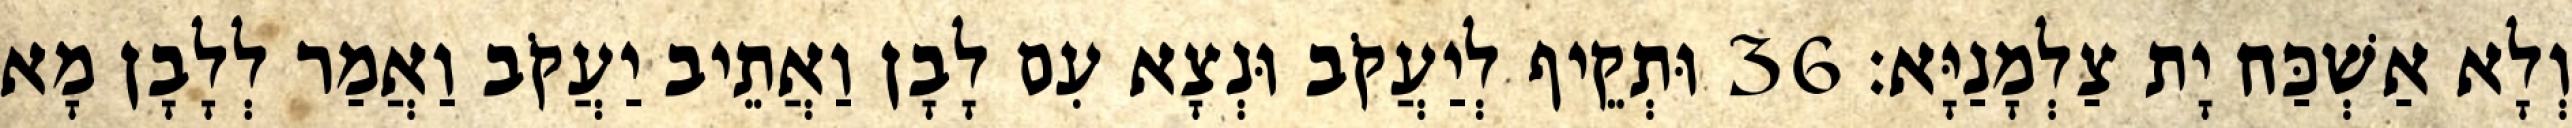
וְלָא אַשְׁכַּח יָת צַלְמָנַיָּא׃ 36 וּתְקֵיף לְיַעֲקֹב וּנְצָא עִם לָבָן וַאֲתֵיב יַעֲקֹב וַאֲמַר לְלָבָן מָא